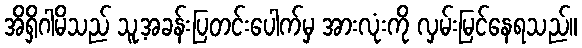
အိရှိဂါမိသည် သူ့အခန်းပြတင်းပေါက်မှ အားလုံးကို လှမ်းမြင်နေရသည်။